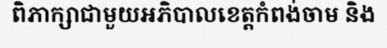
ពិភាក្សាជាមួយអភិបាលខេត្តកំពង់ចាម និង